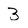
Character: 3